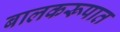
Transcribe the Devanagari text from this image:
बालकरूपात